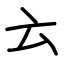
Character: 𠫓